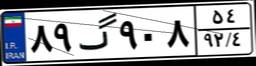
۸۹گ۹۰۸۵۴